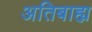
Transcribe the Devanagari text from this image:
अतिबाह्य